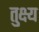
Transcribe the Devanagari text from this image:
तुक्ष्य